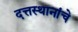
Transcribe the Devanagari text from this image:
दत्तस्थानांचे